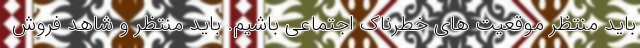
باید منتظر موقعیت های خطرناک اجتماعی باشیم. باید منتظر و شاهد فروش